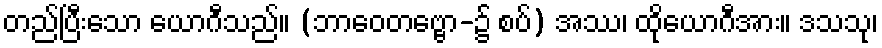
တည်ပြီးသော ယောဂီသည်။ (ဘာဝေတဗ္ဗော-၌ စပ်) အဿ၊ ထိုယောဂီအား။ ဒသသု၊